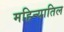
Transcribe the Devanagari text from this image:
महिन्यातिल